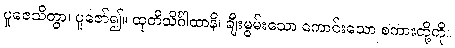
ပူဇေသိတွာ၊ ပူဇော်၍။ ထုတိသိင်္ဂါထာနိ၊ ချီးမွမ်းသော ကောင်းသော စကားတို့ကို။